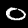
Digit: 0